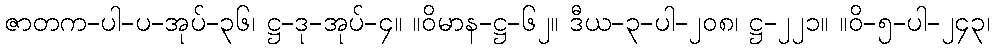
ဇာတက-ပါ-ပ-အုပ်-၃၆၊ ဋ္ဌ-ဒု-အုပ်-၄။ ။ဝိမာန-ဋ္ဌ-၆၂။ ဒီယ-၃-ပါ-၂၀၈၊ ဋ္ဌ-၂၂၁။ ။ဝိ-၅-ပါ-၂၄၃၊